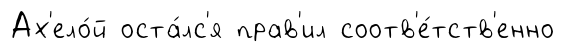
Ах'ело́й оста́лс'я прав'ил соотв'е́тств'енно